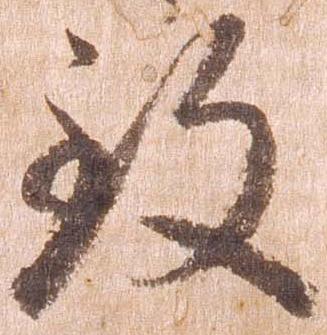
致